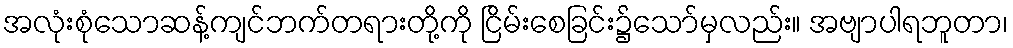
အလုံးစုံသောဆန့်ကျင်ဘက်တရားတို့ကို ငြိမ်းစေခြင်း၌သော်မှလည်း။ အဗျာပါရဘူတာ၊